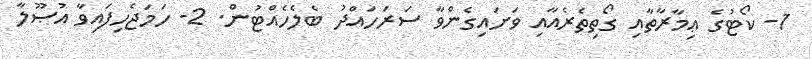
1- ކޯޓުގެ ޢިމާރާތާއި ގޯތިތެރެއާއި ވަށައިގެންވާ ސަރަހައްދު ބެލެހެއްޓުން. 2- ހަމަޖެހިފައިވާ އުޞޫލާ